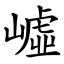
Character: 㠊